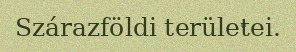
Szárazföldi területei.